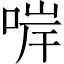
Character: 𠵚